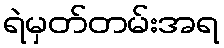
ရဲမှတ်တမ်းအရ